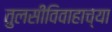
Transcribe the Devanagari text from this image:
तुलसीविवाहाच्या